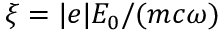
\xi = | e | E _ { 0 } / ( m c \omega )